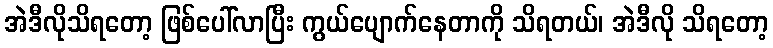
အဲဒီလိုသိရတော့ ဖြစ်ပေါ်လာပြီး ကွယ်ပျောက်နေတာကို သိရတယ်၊ အဲဒီလို သိရတော့